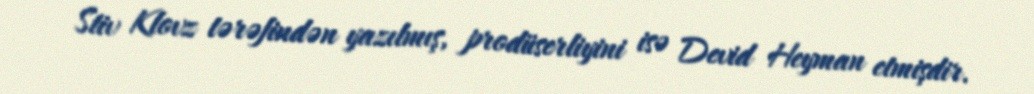
Stiv Klovz tərəfindən yazılmış, prodüserliyini isə Devid Heyman etmişdir.